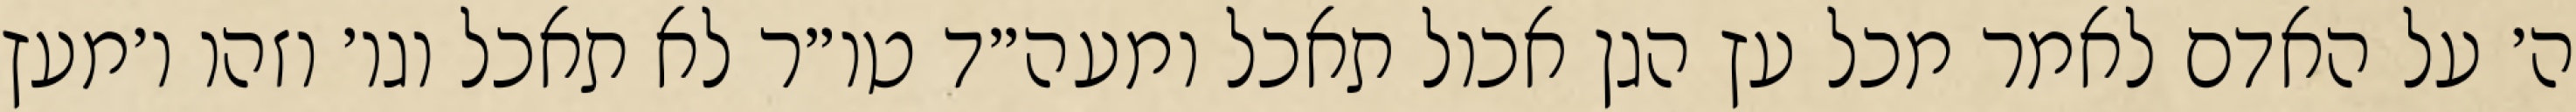
ה׳ על האדם לאמר מכל עץ הגן אכול תאכל ומעה״ד טו״ר לא תאכל וגו׳ וזהו ו׳מעץ